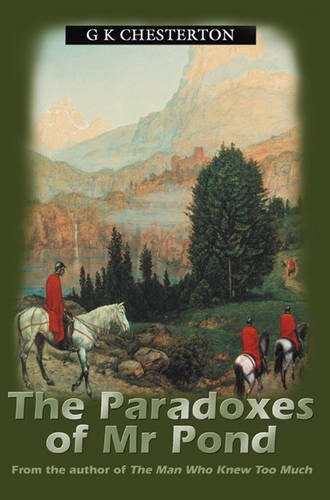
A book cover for The Paradoxes Of Mr Pond; G K Chesterton; Literature & Fiction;